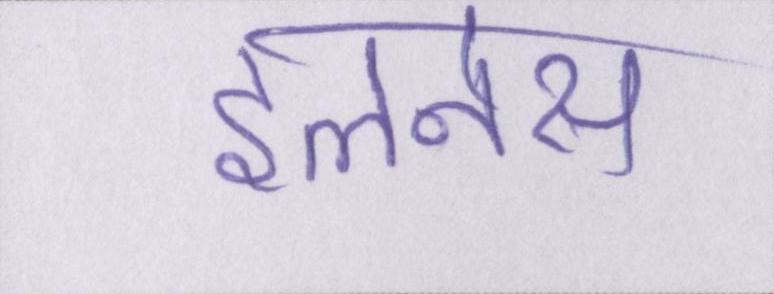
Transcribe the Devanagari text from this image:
इलनेस